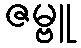
ဇမ္ဗူ